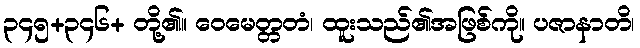
၃၄၅+၃၄၆+ တို့၏။ ဝေမေတ္တတံ၊ ထူးသည်၏အဖြစ်ကို။ ပဇာနာတိ၊